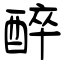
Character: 醉